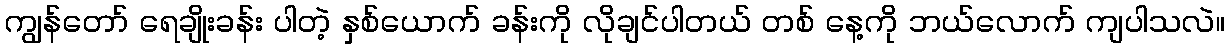
ကျွန်တော် ရေချိုးခန်း ပါတဲ့ နှစ်ယောက် ခန်းကို လိုချင်ပါတယ် တစ် နေ့ကို ဘယ်လောက် ကျပါသလဲ။